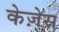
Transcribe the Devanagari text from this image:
केज़ेस